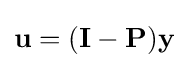
\mathbf {u} =(\mathbf {I} -\mathbf {P} )\mathbf {y}